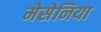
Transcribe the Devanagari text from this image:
मेसेनिया